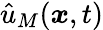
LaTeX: \hat{u}_{M}(\boldsymbol{x},t)